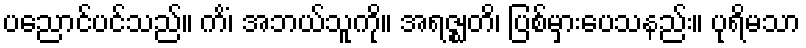
ပညောင်ပင်သည်။ ကိံ၊ အဘယ်သူကို။ အရဇ္ဈတိ၊ ပြစ်မှားပေသနည်း။ ပုရိမသာ